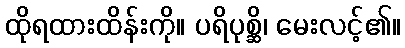
ထိုရထားထိန်းကို။ ပရိပုစ္ဆိ၊ မေးလင့်၏။